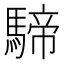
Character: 𩤢